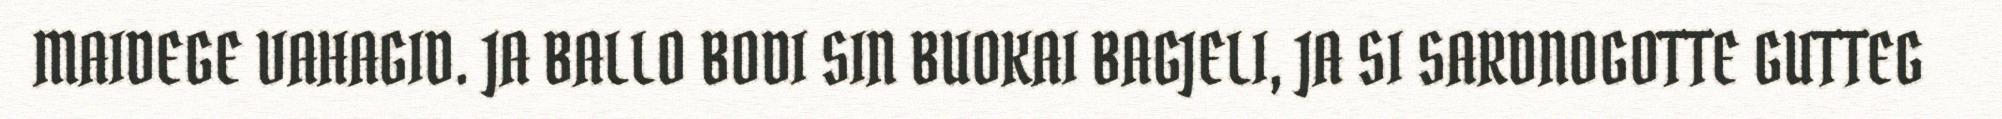
MAIDEGE VAHAGID. JA BALLO BODI SIN BUOKAI BAGJELI, JA SI SARDNOGOTTE GUTTEG